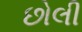
છોલી